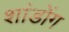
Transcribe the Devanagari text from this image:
शांडोंग